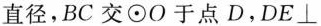
直径，BC交 \odot O于点D.$$D E \perp